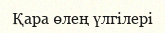
Қара өлең үлгілері